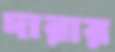
দারার